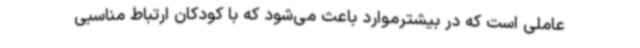
عاملی است که در بیشترموارد باعث می‌شود که با کودکان ارتباط مناسبی